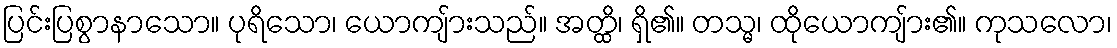
ပြင်းပြစွာနာသော။ ပုရိသော၊ ယောကျ်ားသည်။ အတ္ထိ၊ ရှိ၏။ တသ္မ၊ ထိုယောကျ်ား၏။ ကုသလော၊